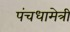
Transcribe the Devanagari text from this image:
पंचधामेत्री